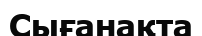
Сығанақта